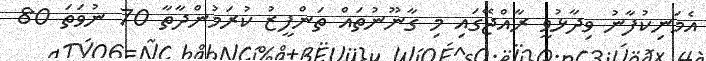
އެމަނިކުފާނު ވިދާޅުވީ ރާއްޖޭގައި މި ގާނޫނުތައް ތަންފީޒު ކުރަމުންދާތާ 70 ނުވަތަ 80